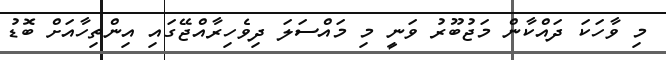
މި ވާހަކަ ދައްކާން މަޖުބޫރު ވަނީ މި މައްސަލަ ދިވެހިރާއްޖޭގައި އިންތިހާއަށް ބޮޑު